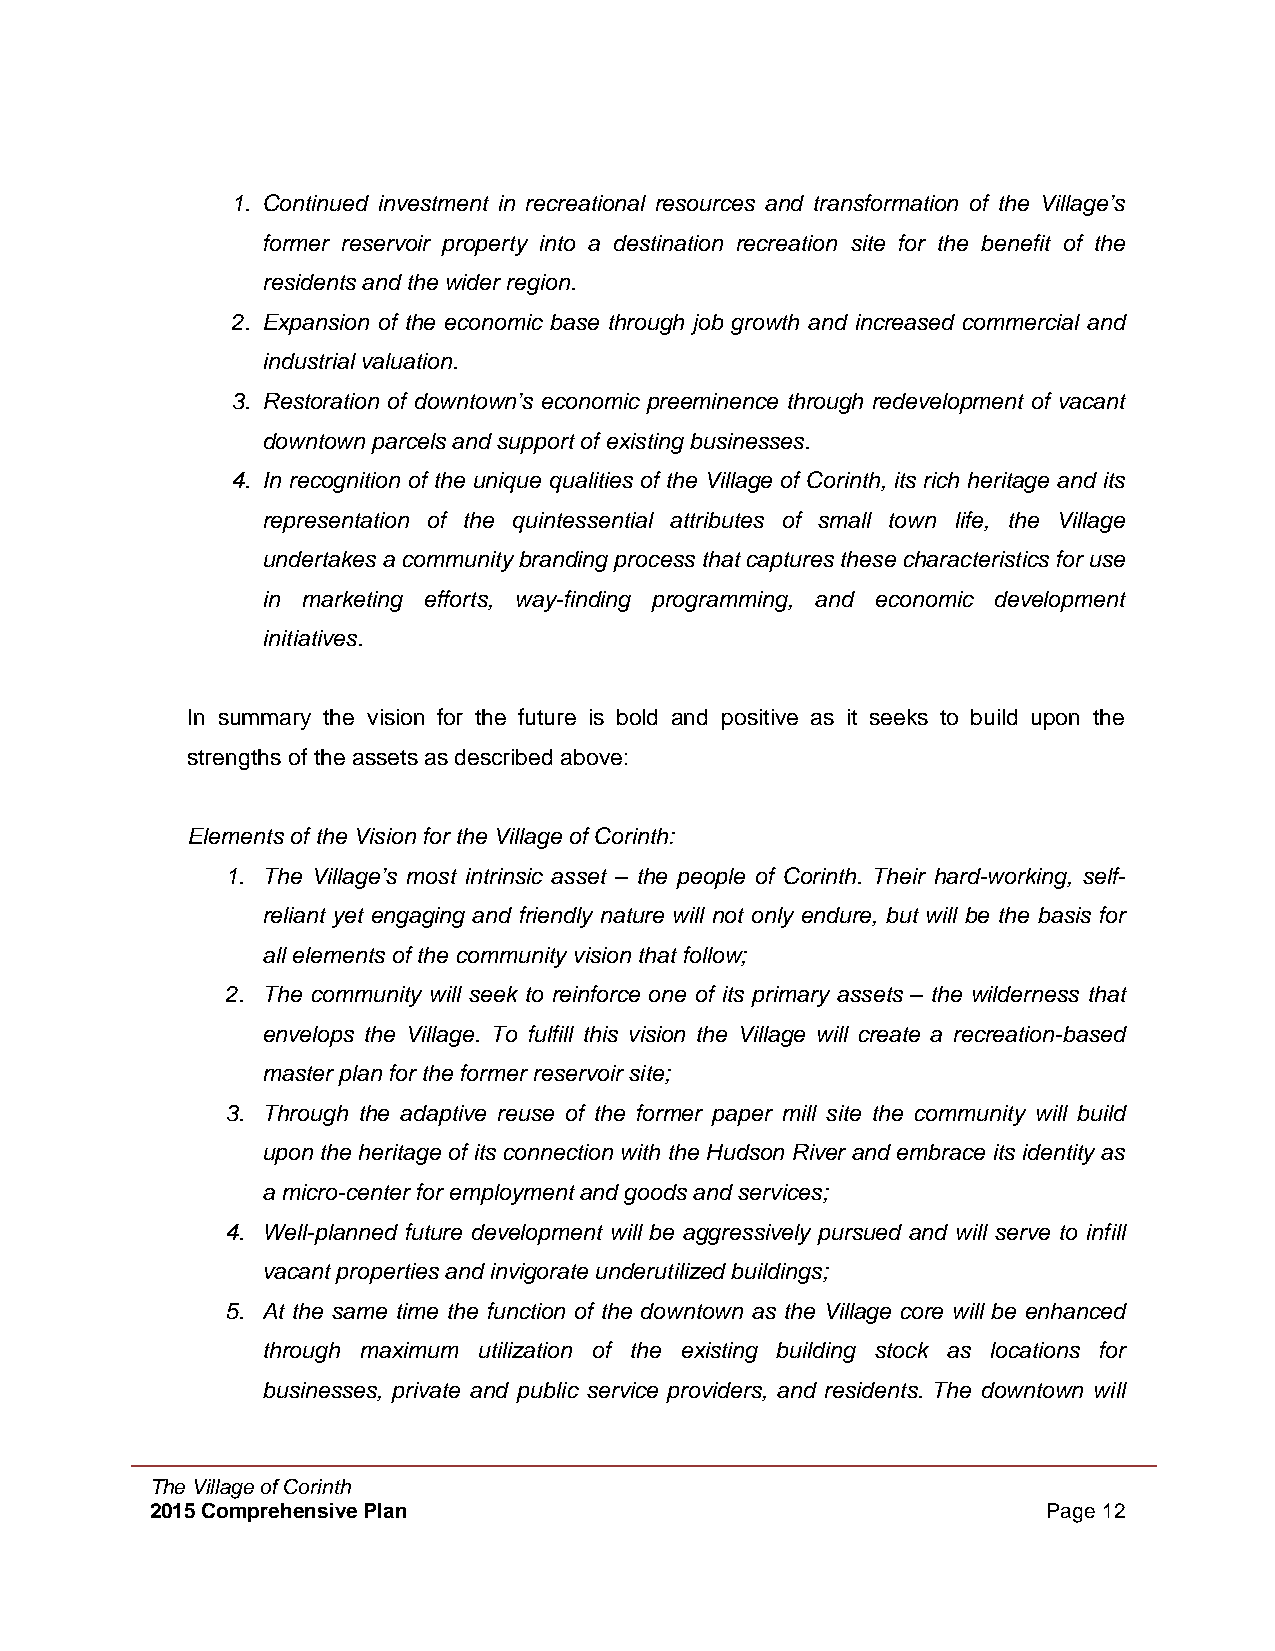
1. Continued investment in recreational resources and transformation of the Village’s
 former reservoir property into a destination recreation site for the benefit of the
 residents and the wider region.
 2. Expansion of the economic base through job growth and increased commercial and
 industrial valuation.
 3. Restoration of downtown’s economic preeminence through redevelopment of vacant
 downtown parcels and support of existing businesses.
 4. In recognition of the unique qualities of the Village of Corinth, its rich heritage and its
 representation of the quintessential attributes of small town life, the Village
 undertakes a community branding process that captures these characteristics for use
 in marketing efforts, way-finding programming, and economic development
 initiatives.
 In summary the vision for the future is bold and positive as it seeks to build upon the
 strengths of the assets as described above:
 Elements of the Vision for the Village of Corinth:
 1. The Village’s most intrinsic asset – the people of Corinth. Their hard-working, self-
 reliant yet engaging and friendly nature will not only endure, but will be the basis for
 all elements of the community vision that follow;
 2. The community will seek to reinforce one of its primary assets – the wilderness that
 envelops the Village. To fulfill this vision the Village will create a recreation-based
 master plan for the former reservoir site;
 3. Through the adaptive reuse of the former paper mill site the community will build
 upon the heritage of its connection with the Hudson River and embrace its identity as
 a micro-center for employment and goods and services;
 4. Well-planned future development will be aggressively pursued and will serve to infill
 vacant properties and invigorate underutilized buildings;
 5. At the same time the function of the downtown as the Village core will be enhanced
 through maximum utilization of the existing building stock as locations for
 businesses, private and public service providers, and residents. The downtown will
 The Village of Corinth
 2015 Comprehensive Plan                                    Page 12